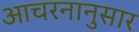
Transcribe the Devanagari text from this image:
आचरनानुसार